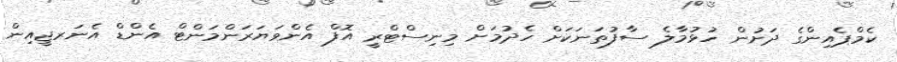
ކެމްޕެއިންގެ ދަށުން ހުޅުމާލެ ސާފުތަނަކަށް ހެދުމަށް މިނިސްޓްރީ އޮފް އެންވަޔަރަންމަންޓް އެންޑް އެނަރޖީއިން